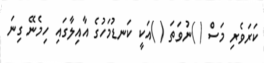
ކަރަވެރި މަސް ( )ނުވަތަ ( )އަކީ ކަނޑުމަހުގެ އާއިލާގައި ހިމެނޭ ގިނަ